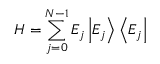
H = \sum _ { j = 0 } ^ { N - 1 } E _ { j } \left| E _ { j } \right\rangle \left\langle E _ { j } \right|